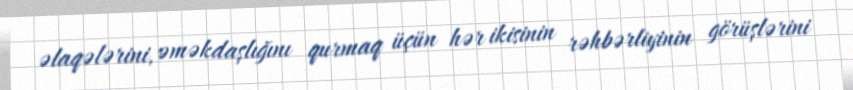
əlaqələrini, əməkdaşlığını qurmaq üçün hər ikisinin rəhbərliyinin görüşlərini